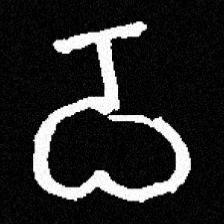
Pyu character \u2014 Myanmar letter: ဝ (romanized: wa)